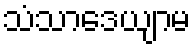
သံသာဒေယျာမ